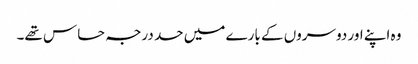
وہ اپنے اور دوسروں کے بارے میں حد درجہ حساس تھے۔